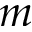
m